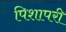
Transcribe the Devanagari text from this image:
पिशापरी